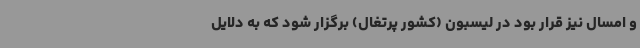
و امسال نیز قرار بود در لیسبون (کشور پرتغال) برگزار شود که به دلایل